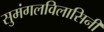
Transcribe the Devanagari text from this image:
सुमंगलविलासिनी